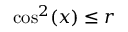
\cos ^ { 2 } ( x ) \le r